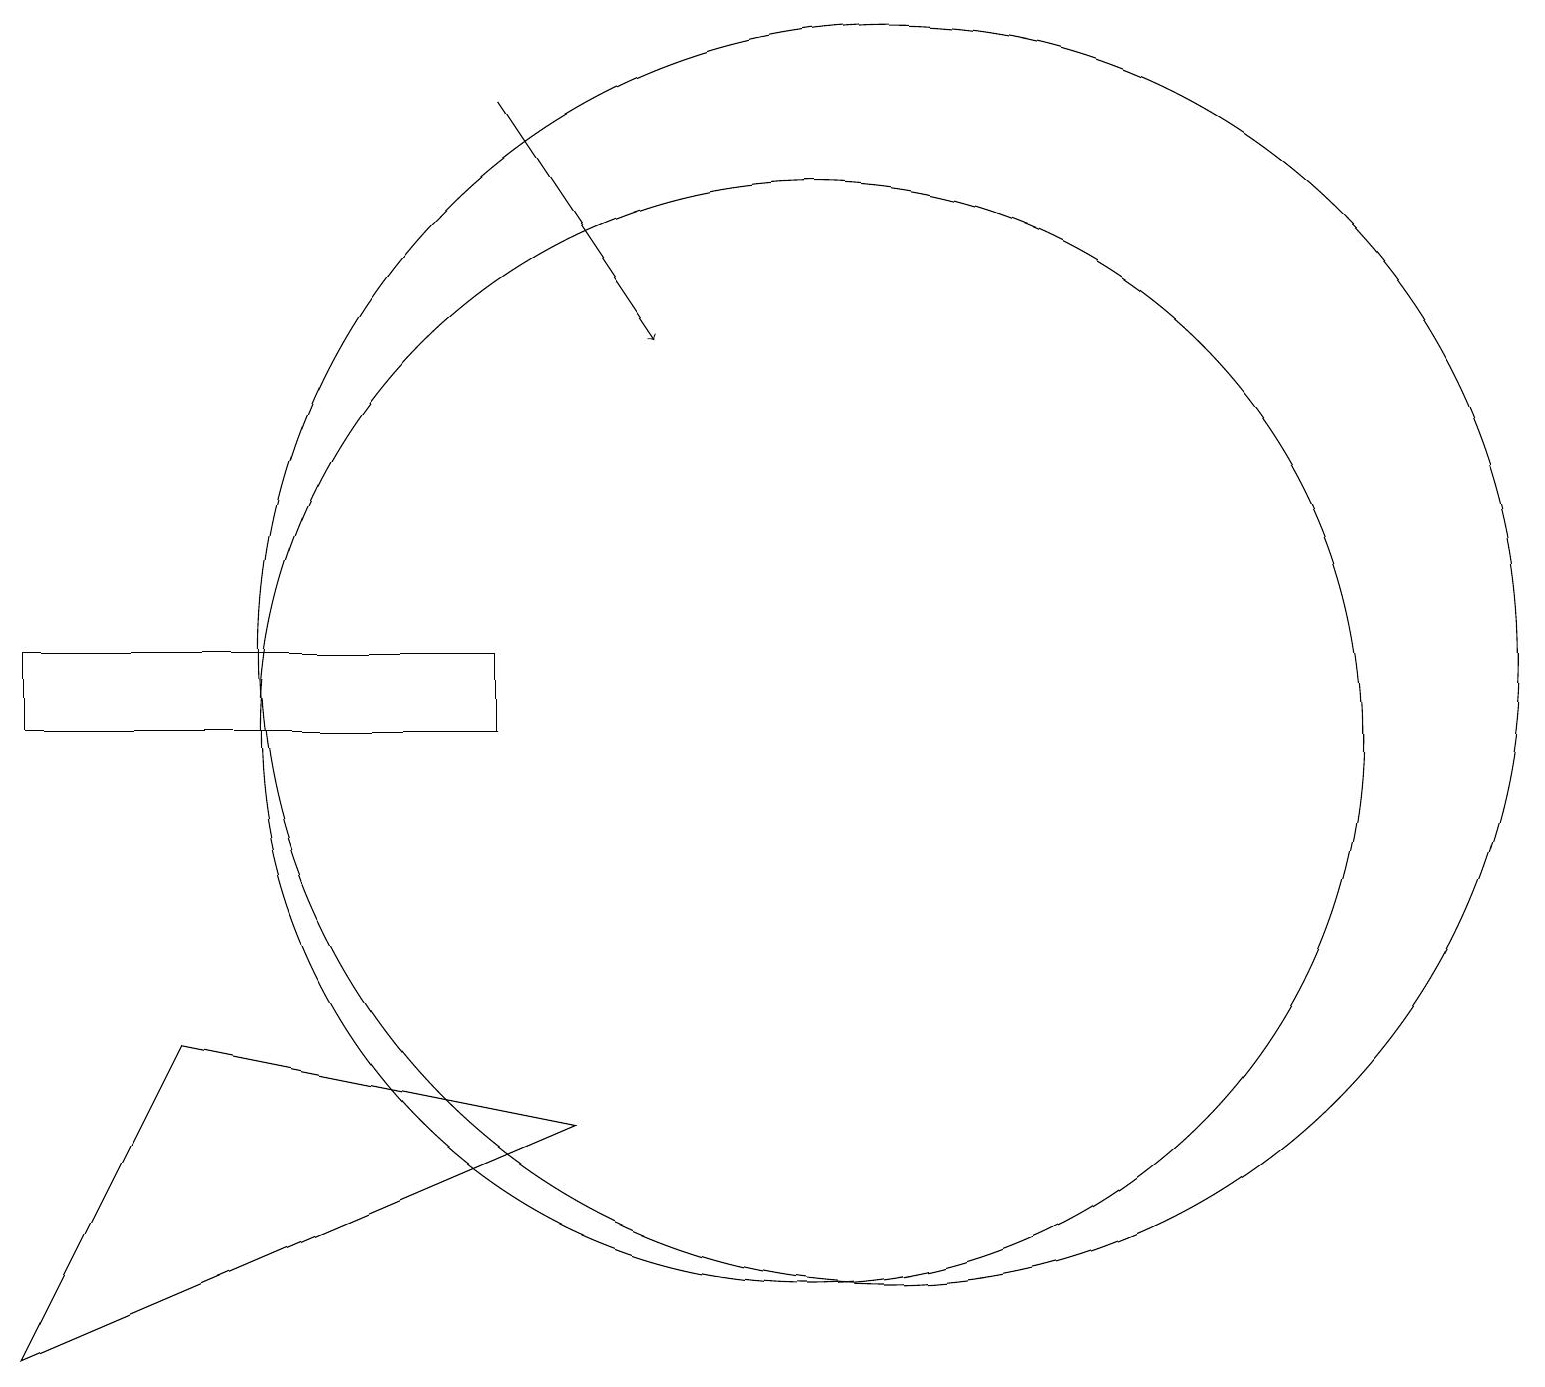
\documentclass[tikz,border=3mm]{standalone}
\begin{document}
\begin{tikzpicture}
\draw (8,5) -- (3,6) -- (1,2) -- cycle;
\draw (12,11) circle (8);
\draw[->] (7,18) -- (9,15);
\draw (11,10) circle (7);
\draw (7,11) rectangle (1,10);
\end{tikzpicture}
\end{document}